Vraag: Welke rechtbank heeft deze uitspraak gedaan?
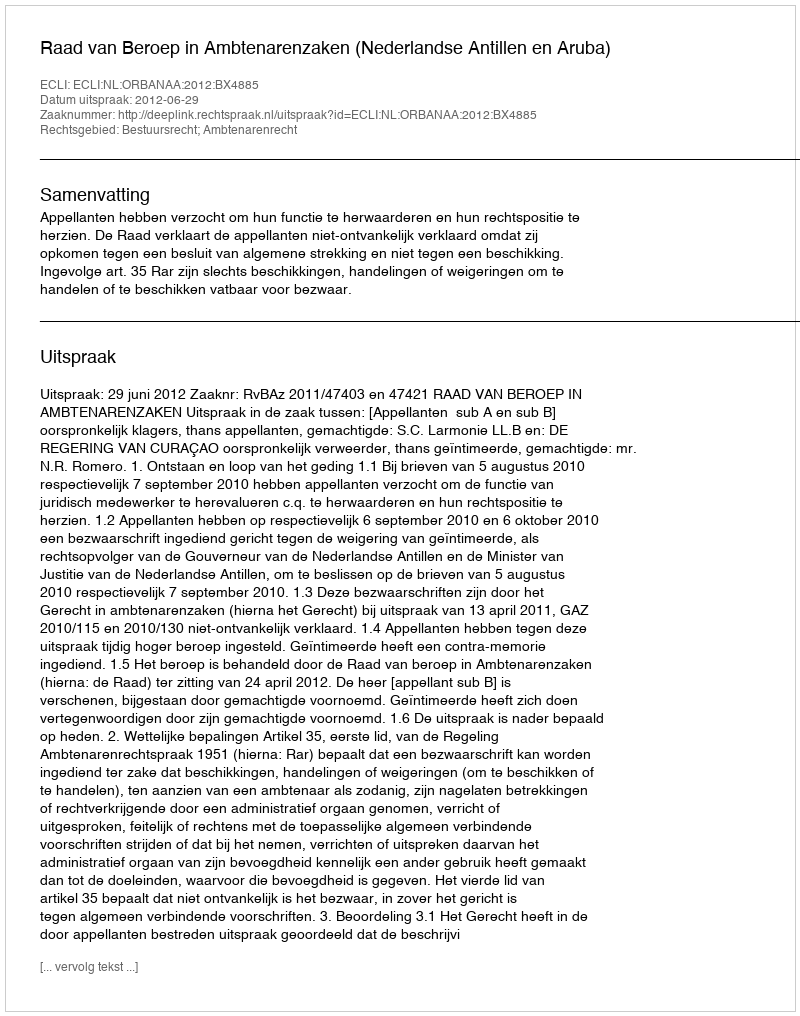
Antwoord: Raad van Beroep in Ambtenarenzaken (Nederlandse Antillen en Aruba)